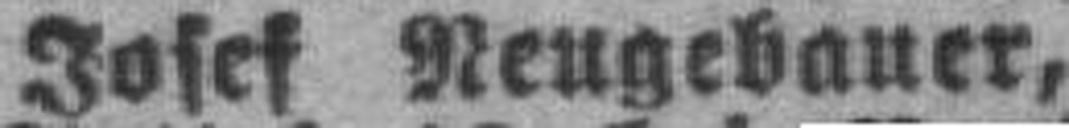
Josef Neugebauer,